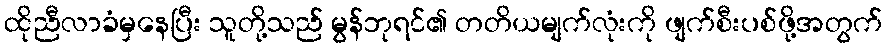
ထိုညီလာခံမှနေပြီး သူတို့သည် မွန်ဘုရင်၏ တတိယမျက်လုံးကို ဖျက်စီးပစ်ဖို့အတွက်